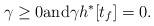
LaTeX: \begin{align*} \gamma \geq 0 \textnormal{and} \gamma h^\ast[t_f] = 0.\end{align*}